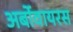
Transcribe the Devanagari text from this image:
अर्बोवायरस